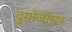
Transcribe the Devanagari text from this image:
दुर्गोजीराव